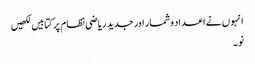
انہو ں نے اعداد وشمار اور جدید ریاضی نظام پر کتابیں لکھیں
نو۔